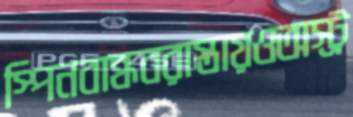
স্পিনবান্ধবরাস্তায়ওঅস্ট্র